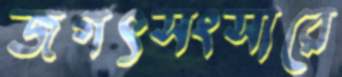
জগৎসংসারে